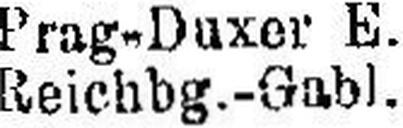
Reichbg.-Gabl.